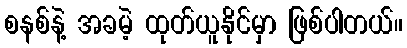
စနစ်နဲ့ အခမဲ့ ထုတ်ယူနိုင်မှာ ဖြစ်ပါတယ်။